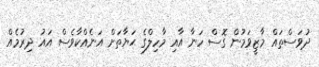
ދުވަސްތައް މާޒީވަމުން ގޮސް ހަނާ އާއި މާހިލްގެ ޙަޔާތަށް އަނެއްކާވެސް އައު ދިރުމެއް